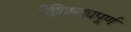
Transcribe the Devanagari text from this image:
वैशिष्ठ्यपूर्ण